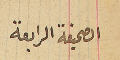
الصحيفة الرابعة